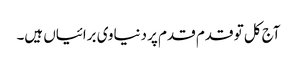
آج کل تو قدم قدم پر دنیاوی برائیاں ہیں۔